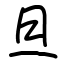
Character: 旦